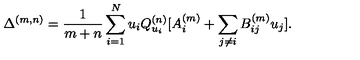
\Delta ^ { ( m , n ) } = \frac { 1 } { m + n } \sum _ { i = 1 } ^ { N } u _ { i } Q _ { u _ { i } } ^ { ( n ) } [ A _ { i } ^ { ( m ) } + \sum _ { j \neq i } B _ { i j } ^ { ( m ) } u _ { j } ] .